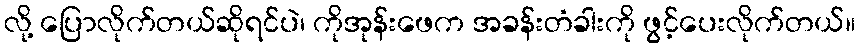
လို့ ပြောလိုက်တယ်ဆိုရင်ပဲ၊ ကိုအုန်းဖေက အခန်းတံခါးကို ဖွင့်ပေးလိုက်တယ်။